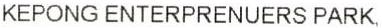
KEPONG ENTERPRENUERS PARK,